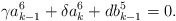
\begin{align*}\gamma a^6_{k-1}+\delta a^6_k+db^5_{k-1}=0. \end{align*}